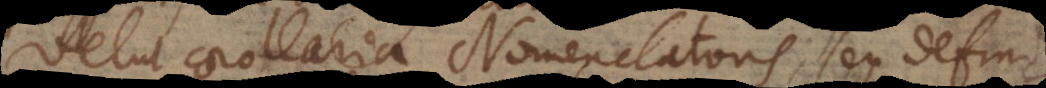
velut corollaria Nomenclatoris, seu defini